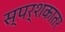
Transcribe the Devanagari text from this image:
स्पर्शकातर